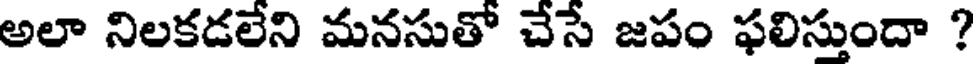
అలా నిలకడలేని మనసుతో చేసే జపం ఫలిస్తుందా ?